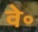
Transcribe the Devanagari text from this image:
वे॰